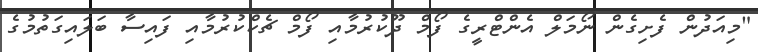
"މިއަދުން ފެށިގެން ނޯމަލް އެންޓްރީގެ ފޯމް ދޫކުރުމާއި ފޯމް ޗެކްކުރުމާއި ފައިސާ ބަލައިގަތުމުގެ